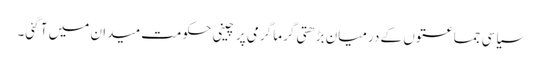
سیاسی جماعتوں کے درمیان بڑھتی گرما گرمی پر چینی حکومت میدان میں آ گئی۔